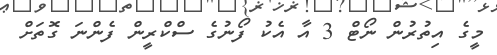
މީގެ އިތުރުން ނޯޓް 3 އާ އެކު ފޯނުގެ ސްކްރީން ފެންނަ ގޮތަށް